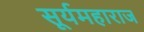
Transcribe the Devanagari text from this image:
सूर्यमहाराज